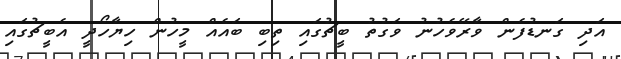
އަދި ގަނޑުފެން ވާރޭވެހުނު ވަގުތު ބީޗުގައި ތިބި ބައެއް މީހުން ހިޔާހޯދީ އެބީޗުގައި